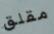
مقلق